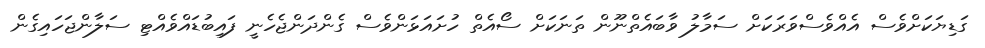
ގަޑިޔަކަށްވެސް އެއްވެސްވަރަކަށް ސަމާލު ވާބައެތްނޫން ތަނަކަށް ސޯއެތް ހުށައަޅަންވެސް ގެންދަންޖެހެނީ ފައިބުޑައްވެއްޓި ސަލާންޖަހައިގެން